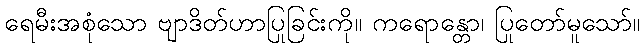
ရေမီးအစုံသော ဗျာဒိတ်ဟာပြုခြင်းကို။ ကရောန္တော၊ ပြုတော်မူသော်။